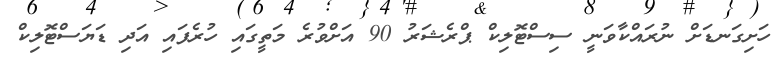
ހަށިގަނޑަށް ނުރައްކާވަނީ ސިސްޓޮލިކް ޕްރެޝަރު 90 އަށްވުރެ މަތީގައި ހުރެފައި އަދި ޑަޔަސްޓޮލިކް